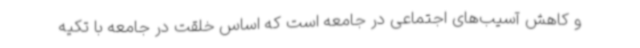
و کاهش آسیب‌های اجتماعی در جامعه است که اساس خلقت در جامعه با تکیه